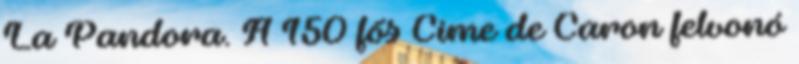
La Pandora. A 150 fős Cime de Caron felvonó